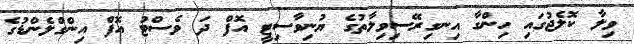
ވިލާ ކޮލެޖުގައި ހިންގާ އިނގިރޭސިވިލާތުގެ ޔުނިވާސިޓީ އޮފް ދަ ވެސްޓު އޮފް އިންގްލެންޑުގެ